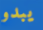
يبدو